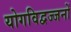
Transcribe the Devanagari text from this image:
योगविद्वज्जनों